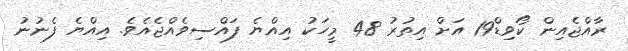
ރާއްޖެއިން ކޯވިޑް19 އަށް އިތުރު 48 މީހަކު އިއްޔެ ފައްސިވެއްޖެއެވެ. އިއްޔެ ފެނުނު